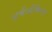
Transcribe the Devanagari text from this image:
अर्चेओकिन्स